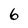
Character: 6